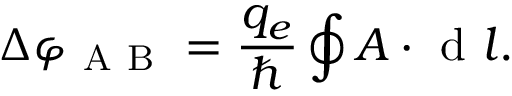
\Delta \varphi _ { \mathrm { ~ A ~ B ~ } } = \frac { q _ { e } } { \hbar } \oint \boldsymbol { A } \cdot \mathrm { ~ d ~ } \boldsymbol { l } .